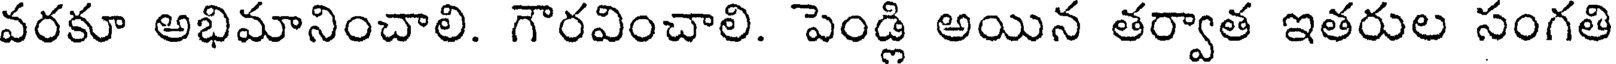
వరకూ అభిమానించాలి. గౌరవించాలి. పెండ్లి అయిన తర్వాత ఇతరుల సంగతి